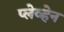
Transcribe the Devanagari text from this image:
प्लेव्हेन